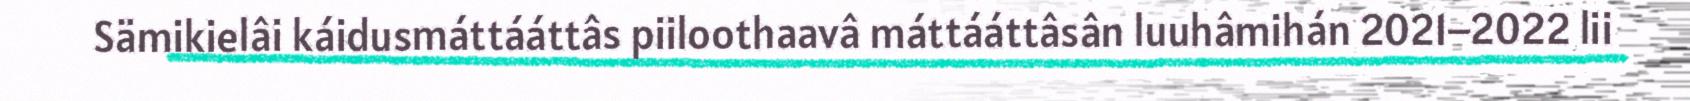
Sämikielâi káidusmáttááttâs piiloothaavâ máttááttâsân luuhâmihán 2021–2022 lii